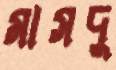
মাসদু